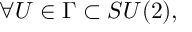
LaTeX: \forall U \in \Gamma \subset S U ( 2 ) ,